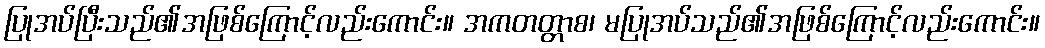
ပြုအပ်ပြီးသည်၏အဖြစ်ကြောင့်လည်းကောင်း။ အကတတ္တာစ၊ မပြုအပ်သည်၏အဖြစ်ကြောင့်လည်းကောင်း။